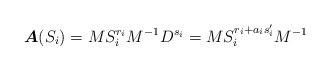
LaTeX: \begin{align*}\boldsymbol{A}(S_i)=MS^{r_i}_i M^{-1} D^{s_i} =MS^{r_i+a_i s'_i}_i M^{-1}\end{align*}